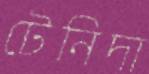
টেনিদা